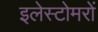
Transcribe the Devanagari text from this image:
इलेस्टोमरों